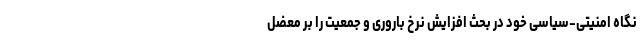
نگاهِ امنیتی-سیاسی خود در بحث افزایش نرخ باروری و جمعیت را بر معضل